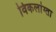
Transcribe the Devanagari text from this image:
विकलांग्‍ता